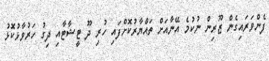
ފެންވަރައިގެން ޒޫރިން ނުކުމެ އޭނާއަށް ތައްޔާރުކޮށްފައި ހުރި ދޫ ޓީޝާޓާއި ދިގު ހަރުވާޅުކޮޅު